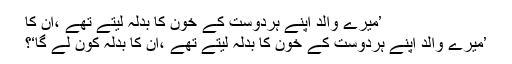
’میرے والد اپنے ہردوست کے خون کا بدلہ لیتے تھے ،ان کا
’میرے والد اپنے ہردوست کے خون کا بدلہ لیتے تھے ،ان کا بدلہ کون لے گا‘؟